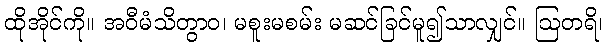
ထိုအိုင်ကို။ အဝီမံသိတွာဝ၊ မစူးမစမ်း မဆင်ခြင်မူ၍သာလျှင်။ ဩတရိ၊